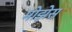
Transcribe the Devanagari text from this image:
मोझेेस